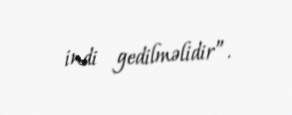
indi gedilməlidir”.